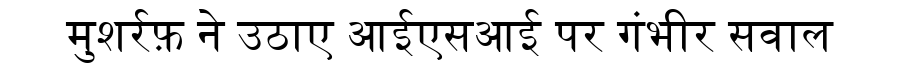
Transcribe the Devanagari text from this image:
मुशर्रफ़ ने उठाए आईएसआई पर गंभीर सवाल